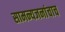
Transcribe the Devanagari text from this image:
सामन्यजनांचाच